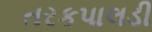
તરકપાલડી